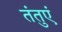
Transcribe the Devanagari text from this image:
तंतुएं